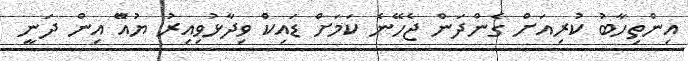
އިންތިހާބު ކުރިއަށް ގެންދަން ޖެހޭނެ ކަމަށް ޑައިކް ވިދާޅުވިއިރު ޔުއޭާ އިން ދަނީ